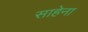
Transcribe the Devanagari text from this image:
साहेना